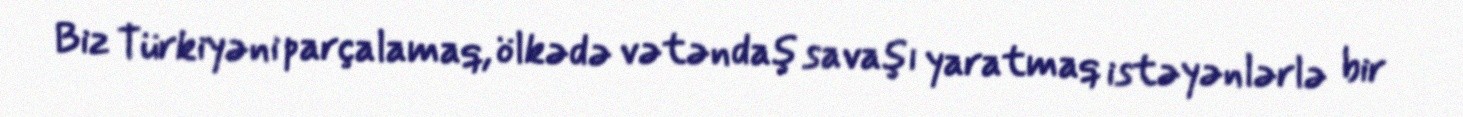
Biz Türkiyəni parçalamaq, ölkədə vətəndaş savaşı yaratmaq istəyənlərlə bir